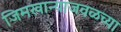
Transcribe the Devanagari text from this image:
जिमखान्याजवळच्या